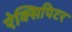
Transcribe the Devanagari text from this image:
ऐक्सिपिटर